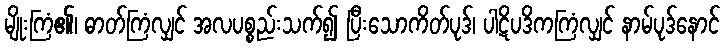
မျိုးကြံ၏၊ ဓာတ်ကြံလျှင် အလပစ္စည်းသက်၍ ပြီးသောကိတ်ပုဒ်၊ ပါဋိပဒိကကြံလျှင် နာမ်ပုဒ်နောင်